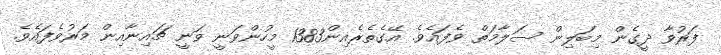
ފަރުވާ ދީގެން މިބަލިން ސަލާމަތް ވެފައެވެ. އޭގެތެރެއިން1383 މީހުންވަނީ ވަނީ ޗައިނާއިން މަރުވެފައެވެ.